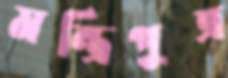
মন্ত্রিপুত্র